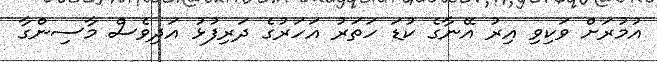
އުމުރަށް ވަކިވި އިރު އޭނާގެ ކުޑަ ހަތަރު އަހަރުގެ ދަރިފުޅު އަދިވެސް މާސިންގާ